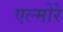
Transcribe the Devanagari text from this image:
एल्मोरे